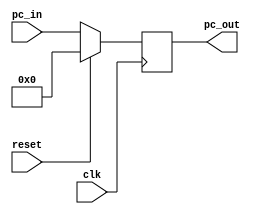
`timescale 1ns / 1ps

// program counter

module program_counter(
input clk,
input reset,
input [31:0] pc_in,
output reg [31:0] pc_out
 );
always @(posedge clk)
begin
     if (reset)
     pc_out<=0;
     else
	  pc_out<=pc_in;
end
endmodule